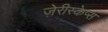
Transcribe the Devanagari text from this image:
ज़ेरीस्‍केप्‍स